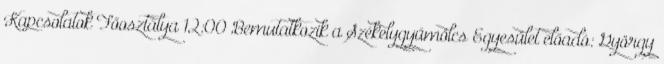
Kapcsolatok Főosztálya 12:00 Bemutatkozik a Székelygyümölcs Egyesület előadó: György